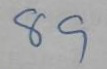
89